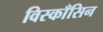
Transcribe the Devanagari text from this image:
विस्काँसिन